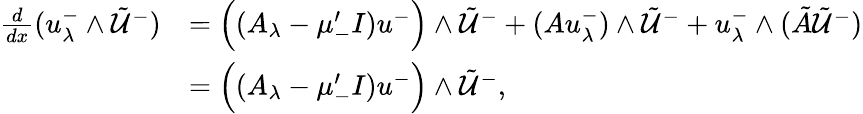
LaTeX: \begin{array}{rl}{\frac{d}{dx}(u_{\lambda}^{-}\wedge\tilde{\mathcal{U}}^{-})}&{=\Big((A_{\lambda}-\mu_{-}^{\prime}I)u^{-}\Big)\wedge\tilde{\mathcal{U}}^{-}+(Au_{\lambda}^{-})\wedge\tilde{\mathcal{U}}^{-}+u_{\lambda}^{-}\wedge(\tilde{A}\tilde{\mathcal{U}}^{-})}\\ &{=\Big((A_{\lambda}-\mu_{-}^{\prime}I)u^{-}\Big)\wedge\tilde{\mathcal{U}}^{-},}\end{array}